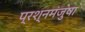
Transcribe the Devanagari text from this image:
प्रश्नमंजुषा